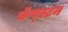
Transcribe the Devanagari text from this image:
कॅप्स्टन